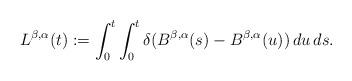
LaTeX: \begin{align*}L^{\beta,\alpha}(t):=\int_{0}^{t}\int_{0}^{t}\delta(B^{\beta,\alpha}(s)-B^{\beta,\alpha}(u))\,du\,ds.\end{align*}